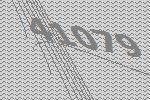
41079